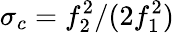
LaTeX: \sigma_{c}=f_{2}^{2}/(2f_{1}^{2})